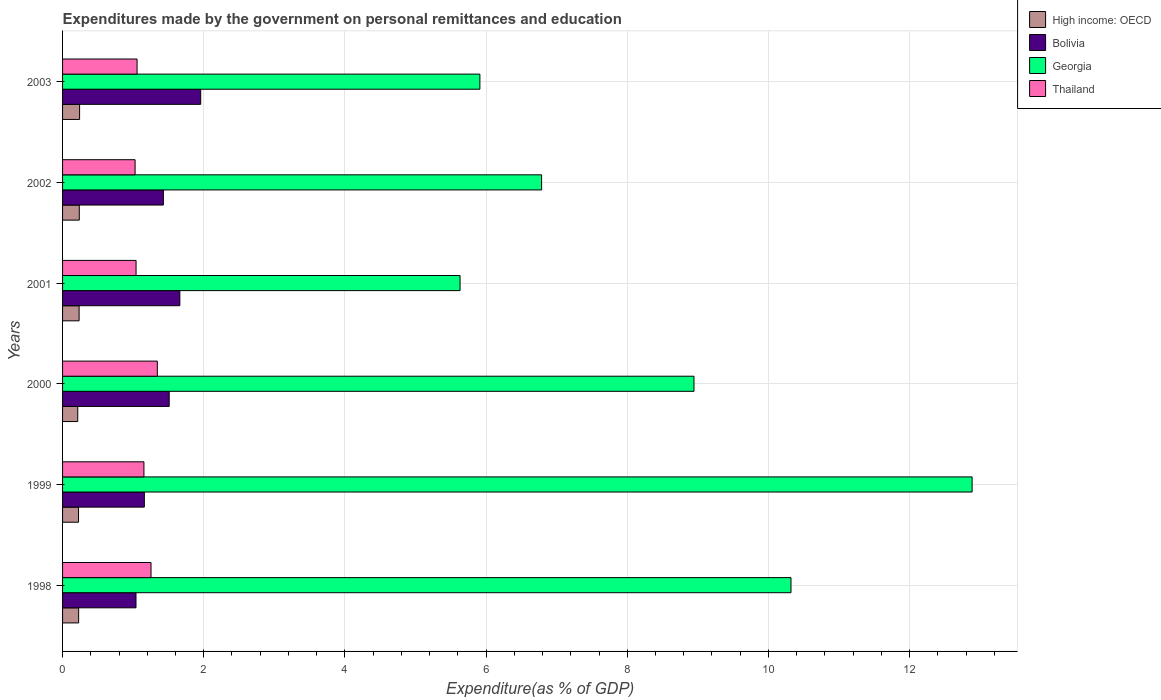
| Years | High income: OECD | Bolivia | Georgia | Thailand |
 | --- | --- | --- | --- | --- |
 | 1998 | 0.228 | 1.04 | 10.3 | 1.25 |
 | 1999 | 0.226 | 1.16 | 12.9 | 1.15 |
 | 2000 | 0.215 | 1.51 | 8.95 | 1.34 |
 | 2001 | 0.234 | 1.66 | 5.63 | 1.04 |
 | 2002 | 0.237 | 1.43 | 6.79 | 1.03 |
 | 2003 | 0.241 | 1.96 | 5.91 | 1.06 |